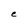
Character: e